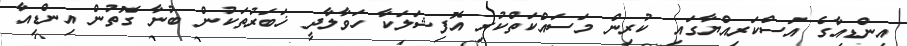
އިންޑިއާގެ އަސްކަރިއްޔާގައި ކުރިން މަސައްކަތްކުރި އޮފިޝަލަކާ ހަވާލާދީ ޚަބަރުތަކުން ބުނާ ގޮތުން އިންޑިއާ